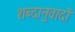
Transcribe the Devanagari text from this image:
शब्दानुवादों